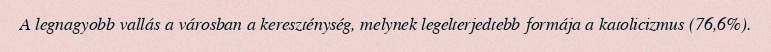
A legnagyobb vallás a városban a kereszténység, melynek legelterjedtebb formája a katolicizmus (76,6%).